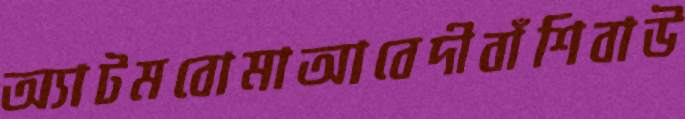
অ্যাটমবোমাআবেদীবাঁশিবাউ